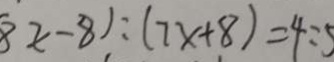
8 x - 8 ) : ( 7 x + 8 ) = 4 : 5